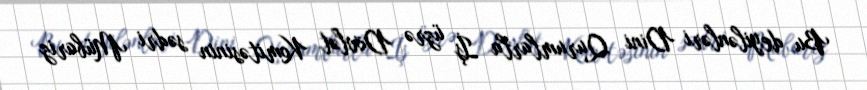
Bu deyilənləri Dini Qurumlarla İş üzrə Dövlət Komitəsinin sədri Mübariz